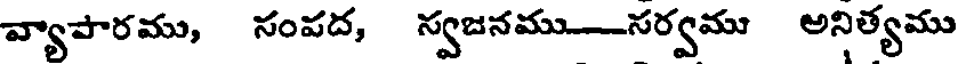
వ్యాపారము, సంపద, స్వజనము-సర్వము అనిత్యము